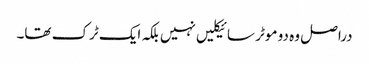
دراصل وہ دو موٹر سائیکلیں نہیں بلکہ ایک ٹرک تھا۔